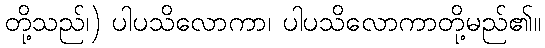
တို့သည်၊) ပါပသိလောကာ၊ ပါပသိလောကာတို့မည်၏။